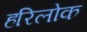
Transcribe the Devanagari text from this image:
हरिलोक